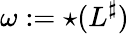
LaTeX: \omega:={\star}(L^{\sharp})